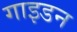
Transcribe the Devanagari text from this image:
गाइडन